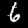
Label: 6